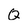
Character: Q